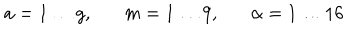
a = 1 \ldots g , m = 1 \ldots 9 , \alpha = 1 \ldots 1 6